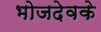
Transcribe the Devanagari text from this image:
भोजदेवके